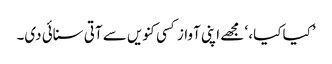
’کیا کیا، ‘ مجھے اپنی آواز کسی کنویں سے آتی سنائی دی۔